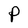
Character: P